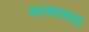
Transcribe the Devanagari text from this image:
मात्याउदा